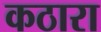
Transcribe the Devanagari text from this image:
कठारा